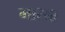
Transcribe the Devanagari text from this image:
मारक्क